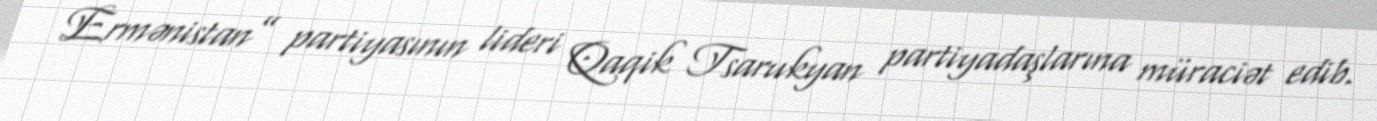
Ermənistan” partiyasının lideri Qaqik Tsarukyan partiyadaşlarına müraciət edib.